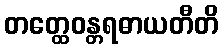
တတ္ထေဝန္တရဓာယတီတိ